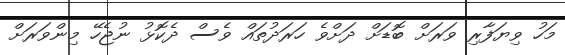
މަހު ވިޔަފާރި ވަރަށް ބޮޑަށް ދަށްވެ ހަރަދުތައް ވެސް ދެކޮޅު ނުޖެހޭ މިންވަރަށް